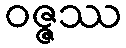
ဝဇ္ဇဿ